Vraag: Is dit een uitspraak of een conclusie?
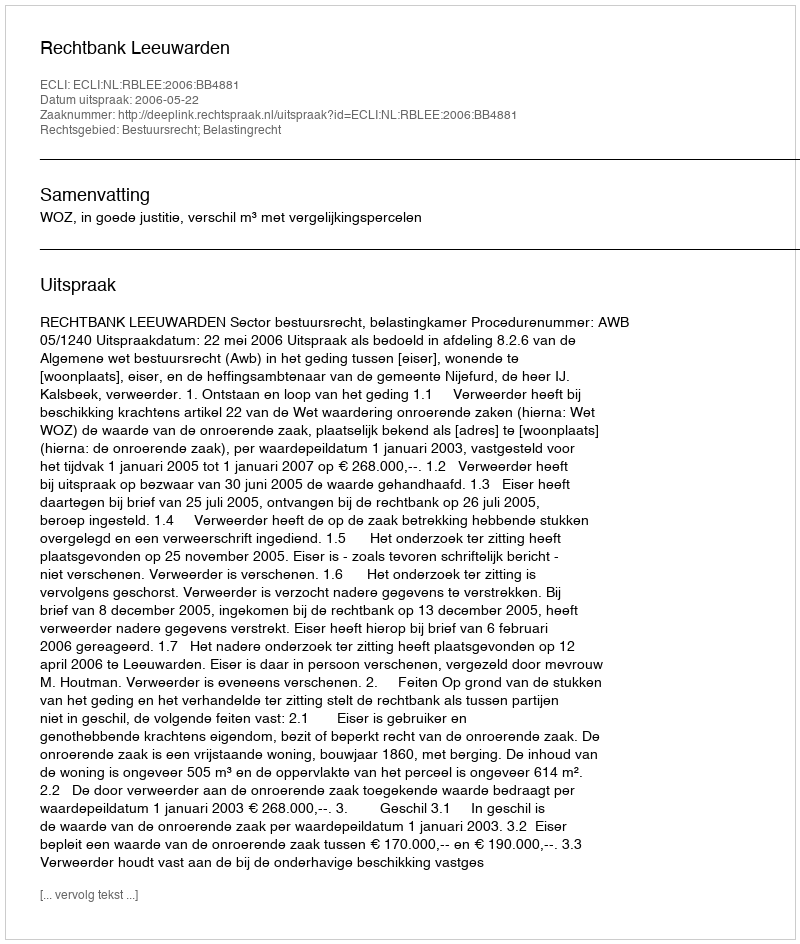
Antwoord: Uitspraak